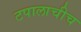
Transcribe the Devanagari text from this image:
टपालाचीच